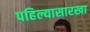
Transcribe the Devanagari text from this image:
पहिल्यासारखा